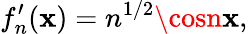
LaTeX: f_{n}^{\prime}(\mathbf{x})=n^{1/2}\cosn\mathbf{x},